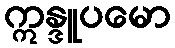
ဣန္ဒူပမော